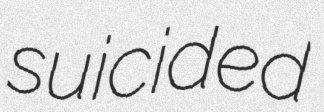
suicided